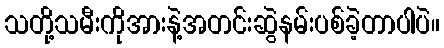
သတို့သမီးကိုအားနဲ့အတင်းဆွဲနမ်းပစ်ခဲ့တာပါပဲ။